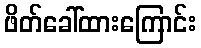
ဖိတ်ခေါ်ထားကြောင်း